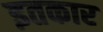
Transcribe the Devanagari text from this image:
इतकार